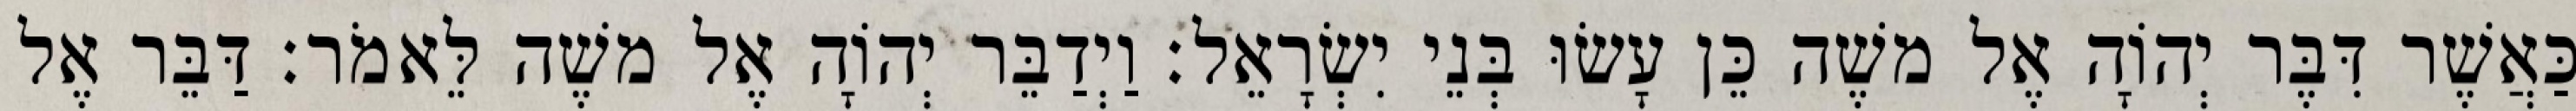
כַּאֲשֶׁר דִּבֶּר יְהוָֹה אֶל משֶׁה כֵּן עָשׂוּ בְּנֵי יִשְׂרָאֵל׃ וַיְדַבֵּר יְהוָֹה אֶל משֶׁה לֵּאמֹר׃ דַּבֵּר אֶל